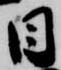
日